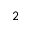
2